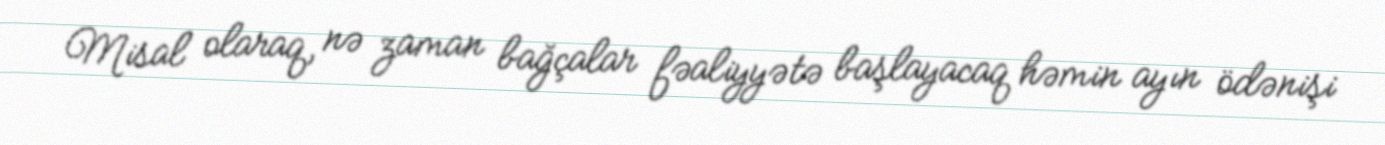
Misal olaraq, nə zaman bağçalar fəaliyyətə başlayacaq həmin ayın ödənişi